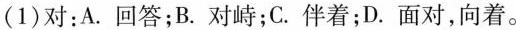
（1）对：A.回答； B.对峙； C.伴着；D.面对，向着。